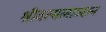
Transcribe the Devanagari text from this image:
श्रीवत्सलाञ्छन